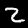
Digit: 2